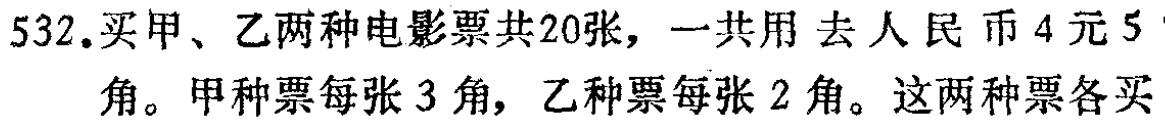
532.买甲、乙两种电影票共20张，一共用 去人民币4元5角。甲种票每张3角，乙种票每张2角。这两种票各买